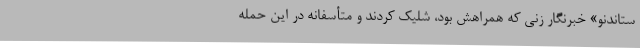
ستاندنو» خبرنگار زنی که همراهش بود، شلیک کردند و متأسفانه در این حمله